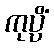
ကုပ္ပိံ